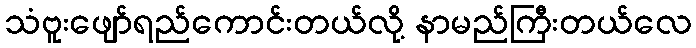
သံဗူးဖျော်ရည်ကောင်းတယ်လို့ နာမည်ကြီးတယ်လေ